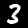
Label: 3